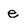
Character: e